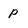
Character: p